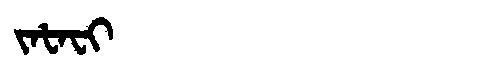
Manchu: ᠵᠠᡶᠠᠸᡳ
Romanization: JAFAFI